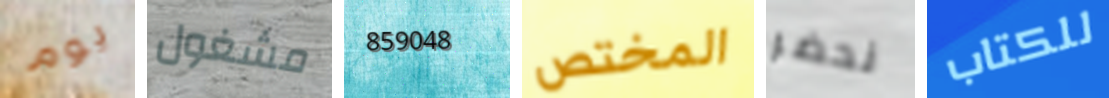
يوم مشغول 859048 المختص نحضر للكتاب